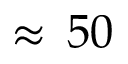
\approx \, 5 0